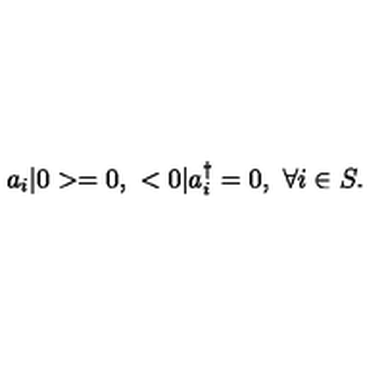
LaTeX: a _ { i } | 0 > = 0 , \ < 0 | a _ { i } ^ { \dagger } = 0 , \ \forall i \in S .